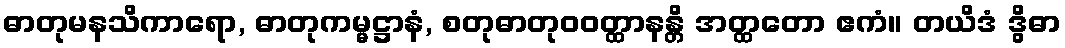
ဓာတုမနသိကာရော, ဓာတုကမ္မဋ္ဌာနံ, စတုဓာတုဝဝတ္ထာနန္တိ အတ္ထတော ဧကံ။ တယိဒံ ဒွိဓာ